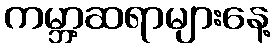
ကမ္ဘာ့ဆရာများနေ့